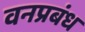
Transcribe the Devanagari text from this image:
वनप्रबंध